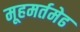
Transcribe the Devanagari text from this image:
मूहमर्तमेढ